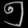
Digit: ၅